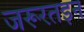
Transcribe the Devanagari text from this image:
जरूरतइन